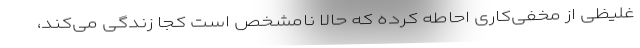
غلیظی از مخفی‌کاری احاطه کرده که حالا نامشخص است کجا زندگی می‌کند،